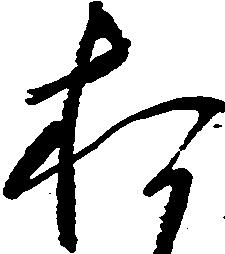
お